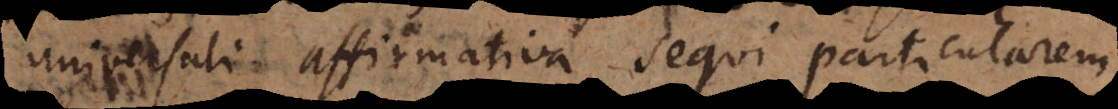
universali affirmativa sequi particularem